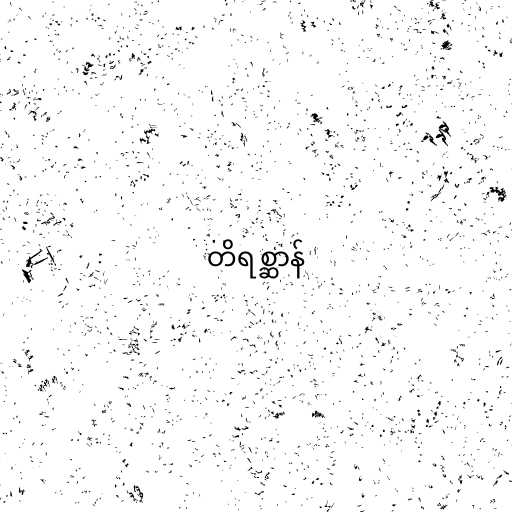
တိရစ္ဆာန်